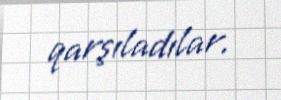
qarşıladılar.